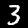
Label: 3